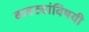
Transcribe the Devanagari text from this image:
कवट्यांविषयी